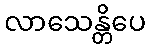
လာသေန္တိပေ